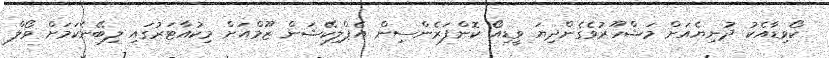
ކޯވިޑާއެކު ދުނިޔެއަށް މަޝްހޫރުވެގެންދިޔަ ވީޑިއޯ ކޮންފަރެންސިން އެޕްލިކޭޝަން ޒޫމްއަށް މިކުއާޓަރުގައި ލިބޭނެކަމަށް ވޯލް